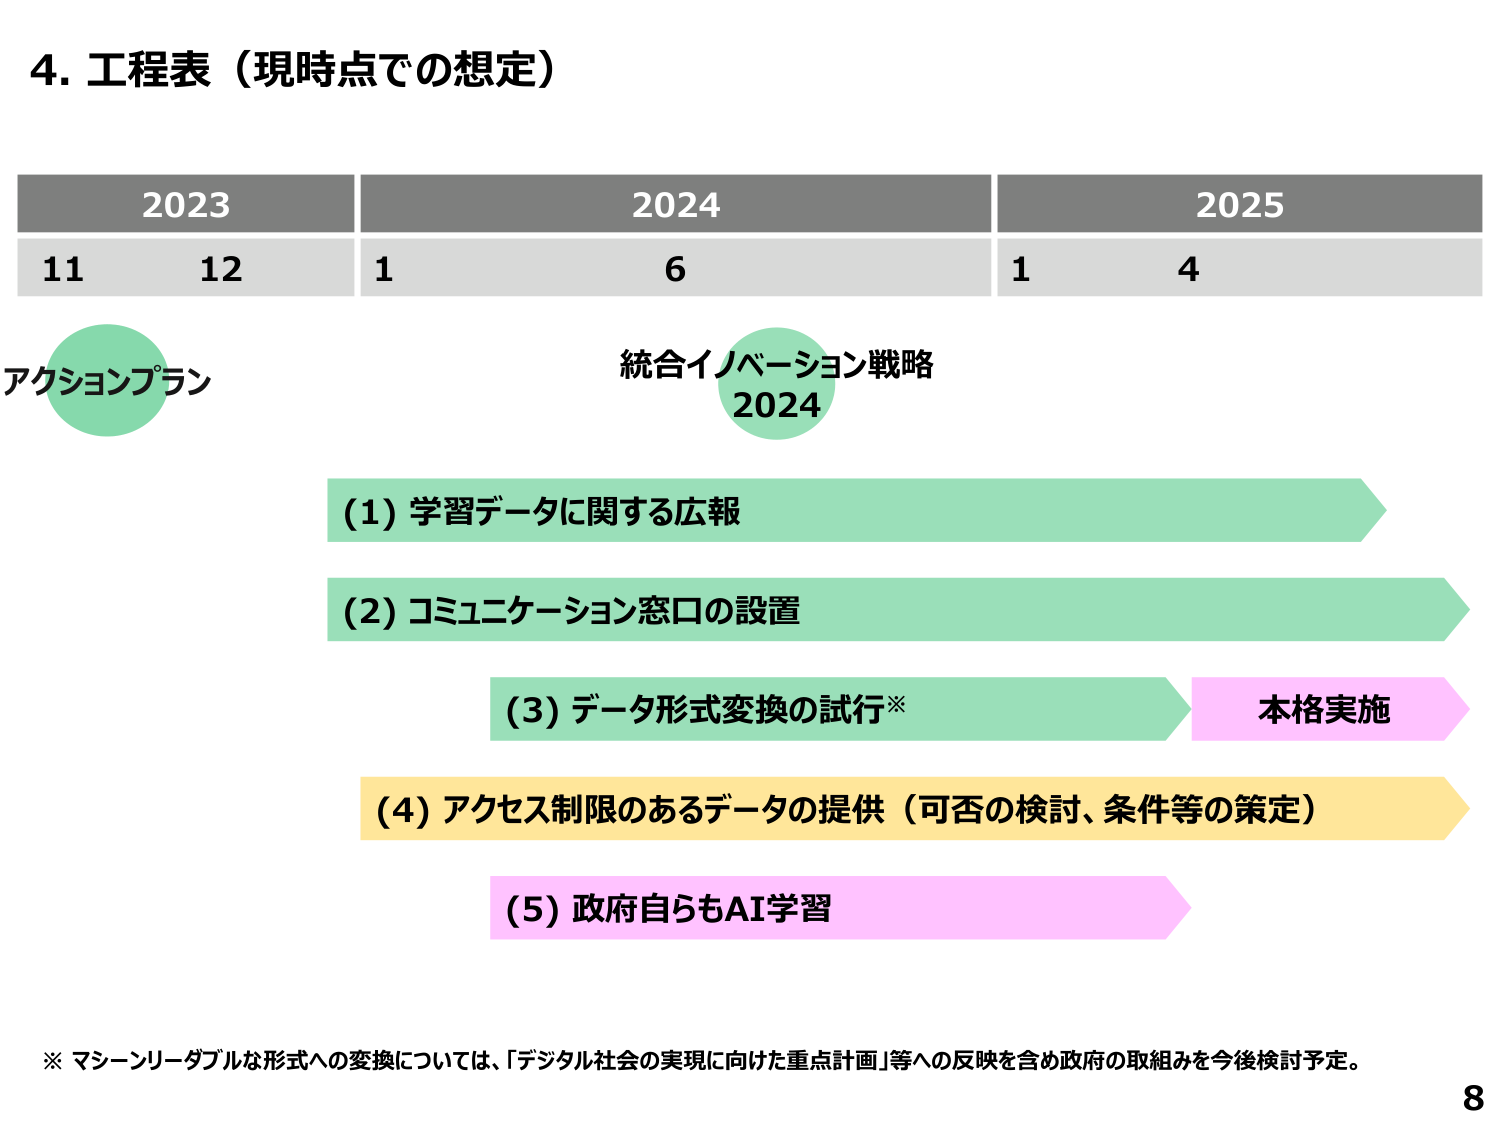
4. 工程表（現時点での想定）

2023    2024    2025
11  12    1   6     1   4

アクションプラン
統合イノベーション戦略
2024

(1) 学習データに関する広報
(2) コミュニケーション窓口の設置
(3) データ形式変換の試行※    本格実施
(4) アクセス制限のあるデータの提供（可否の検討、条件等の策定）
(5) 政府自らもAI学習

※ マシーンリーダブルな形式への変換については、「デジタル社会の実現に向けた重点計画」等への反映を含め政府の取組みを今後検討予定。

8